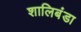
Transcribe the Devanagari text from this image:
शालिबंडा